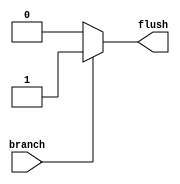
`timescale 1ns / 1ps
//////////////////////////////////////////////////////////////////////////////////
// Company: 
// Engineer: 
// 
// Design Name: 
// Module Name: PipelineFlush
// Project Name: 
// Target Devices: 
// Tool Versions: 
// Description: 
// 
// Dependencies: 
// 
// Revision:
// Revision 0.01 - File Created
// Additional Comments:
// 
//////////////////////////////////////////////////////////////////////////////////


module PipelineFlush
  (
    input branch,
    output reg flush
  );
  
  initial
    begin
      flush = 1'b0;
    end
  
  always @(*)
    begin
      if (branch == 1'b1)
        flush = 1'b1;
      else
        flush = 1'b0;
    end
  
endmodule